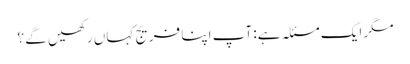
مگر ایک مسئلہ ہے: آپ اپنا فریج کہاں رکھیں گے ؟